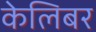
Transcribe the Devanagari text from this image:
केलिबर